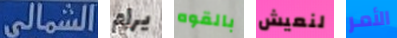
الشمالى يرام بالقوه لنعيش الأمر